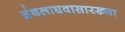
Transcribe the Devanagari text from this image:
ग्रंथलाघवासारख्या